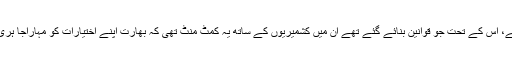
سید منظور حسین گیلانی: آرٹیکل 370 اس لحاظ سے کشمیر ایشو سے تعلق رکھتا ہے، اس کے تحت جو قوانین بنائے گئے تھے اُن میں کشمیریوں کے ساتھ یہ کمٹ منٹ تھی کہ بھارت اپنے اختیارات کو مہاراجا ہری سنگھ کے الحاق میں درج تین امور دفاع، خارجہ اور مواصلات سے کشید کرے گا۔